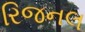
રિજનલ